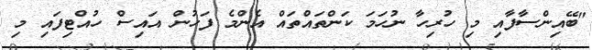
"ބޭއިންސާފާއި މި ހުރިހާ ނުހަމަ ކަންތައްތައް އެންމެ ފަހުން އައިސް ހުއްޓިފައި މި